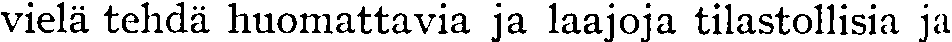
vielä tehdä huomattavia ja laajoja tilastollisia ja